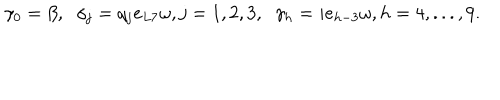
\gamma _ { 0 } = \beta , \; \; \gamma _ { j } = q _ { j } e _ { L 7 } \omega , j = 1 , 2 , 3 , \; \; \gamma _ { h } = i e _ { h - 3 } \omega , h = 4 , . . . , 9 .